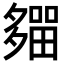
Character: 𡗈